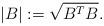
LaTeX: \begin{align*}|B| := \sqrt{B^TB}.\end{align*}